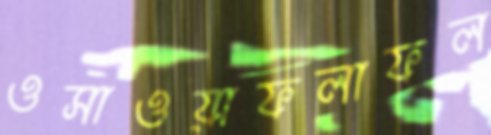
ওসাওয়াফলাফল